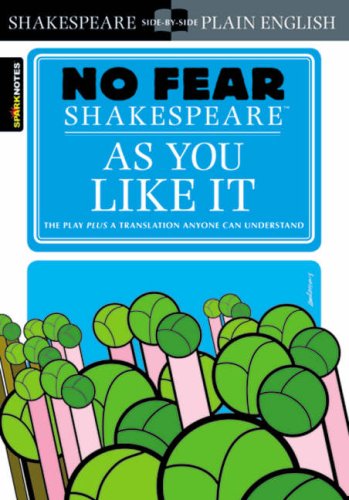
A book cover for As You Like It (No Fear Shakespeare); SparkNotes; Literature & Fiction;